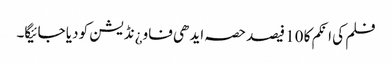
فلم کی انکم کا 10 فیصد حصہ ایدھی فاو¿نڈیشن کو دیا جائیگا۔